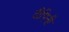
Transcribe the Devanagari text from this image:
दीपिनी